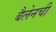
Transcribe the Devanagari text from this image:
बैलेनची